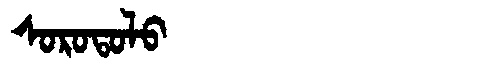
Manchu: ᠰᠣᡵᠣᡨᠣᠯᠣ
Romanization: SOROTOLO